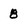
Character: 8